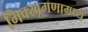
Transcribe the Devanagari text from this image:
भिक्खूगणामध्ये